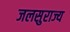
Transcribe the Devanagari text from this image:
जलसुराज्य